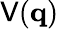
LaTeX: \mathsf{V}(\mathbf{{q}})